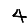
Digit: 4